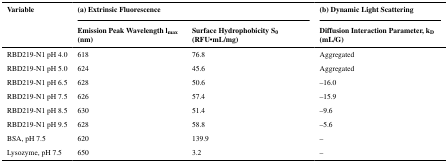
| <ROWSPAN=3> Variable | <COLSPAN=2> (a) Extrinsic Fluorescence | (b) Dynamic Light Scattering |
 | Emission Peak Wavelength lmax (nm) | Surface Hydrophobicity S0 (RFU•mL/mg) | Diffusion Interaction Parameter, kD (mL/G) |
 | --- | --- | --- | --- |
 | RBD219-N1 pH 4.0 | 618 | 76.8 | Aggregated |
 | RBD219-N1 pH 5.0 | 624 | 45.6 | Aggregated |
 | RBD219-N1 pH 6.5 | 628 | 50.6 | –16.0 |
 | RBD219-N1 pH 7.5 | 626 | 57.4 | –15.9 |
 | RBD219-N1 pH 8.5 | 630 | 51.4 | –9.6 |
 | RBD219-N1 pH 9.5 | 628 | 58.8 | –5.6 |
 | BSA, pH 7.5 | 620 | 139.9 | – |
 | Lysozyme, pH 7.5 | 650 | 3.2 | – |